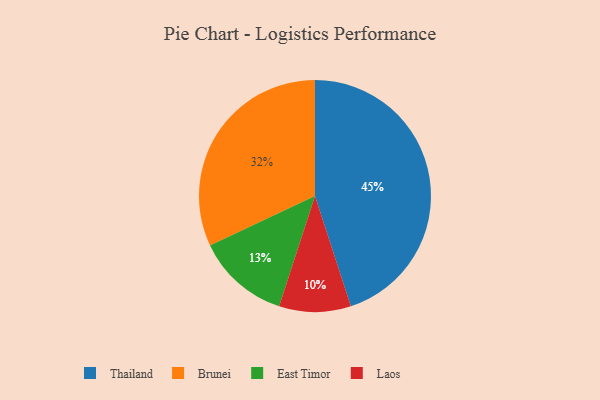
{"axis": {"x": "Category", "y": "Percentage"}, "legend": ["Brunei", "East Timor", "Laos", "Thailand"], "data": [{"x": "Brunei", "y": 32, "type": "Brunei"}, {"x": "Laos", "y": 10, "type": "Laos"}, {"x": "Thailand", "y": 45, "type": "Thailand"}, {"x": "East Timor", "y": 13, "type": "East Timor"}]}